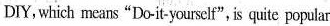
DIY,which means"Do-it-yourself", is quite popular